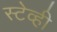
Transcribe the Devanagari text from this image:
स्टेव्ही